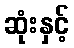
ဆုံးနှင့်